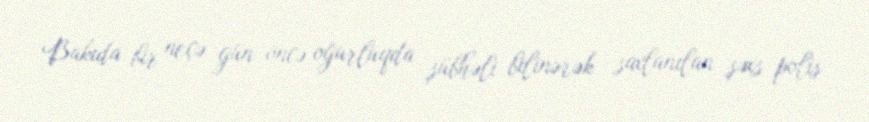
Bakıda bir neçə gün öncə oğurluqda şübhəli bilinərək saxlanılan şəxs polis